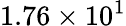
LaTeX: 1.76\times 10^{1}